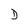
Character: D